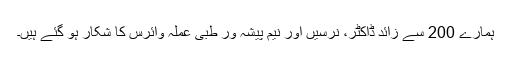
ہمارے 200 سے زائد ڈاکٹر، نرسیں اور نیم پیشہ ور طبی عملہ وائرس کا شکار ہو گئے ہیں۔